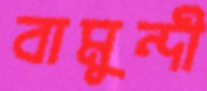
বামুন্দী